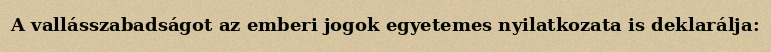
A vallásszabadságot az emberi jogok egyetemes nyilatkozata is deklarálja: